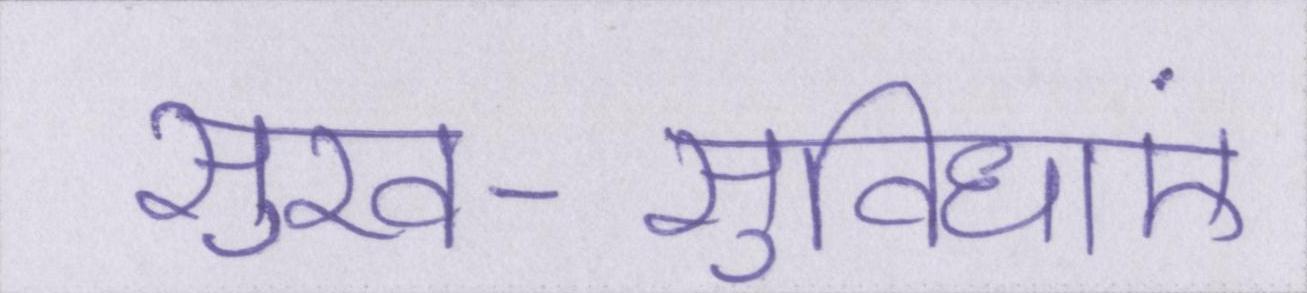
सुख-सुविधाएं